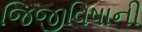
જિજીવિષાની